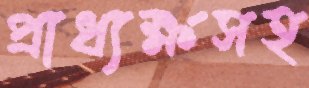
প্রাধ্যক্ষসহ